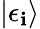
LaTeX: |\epsilon_{\mathbf{i}}\rangle